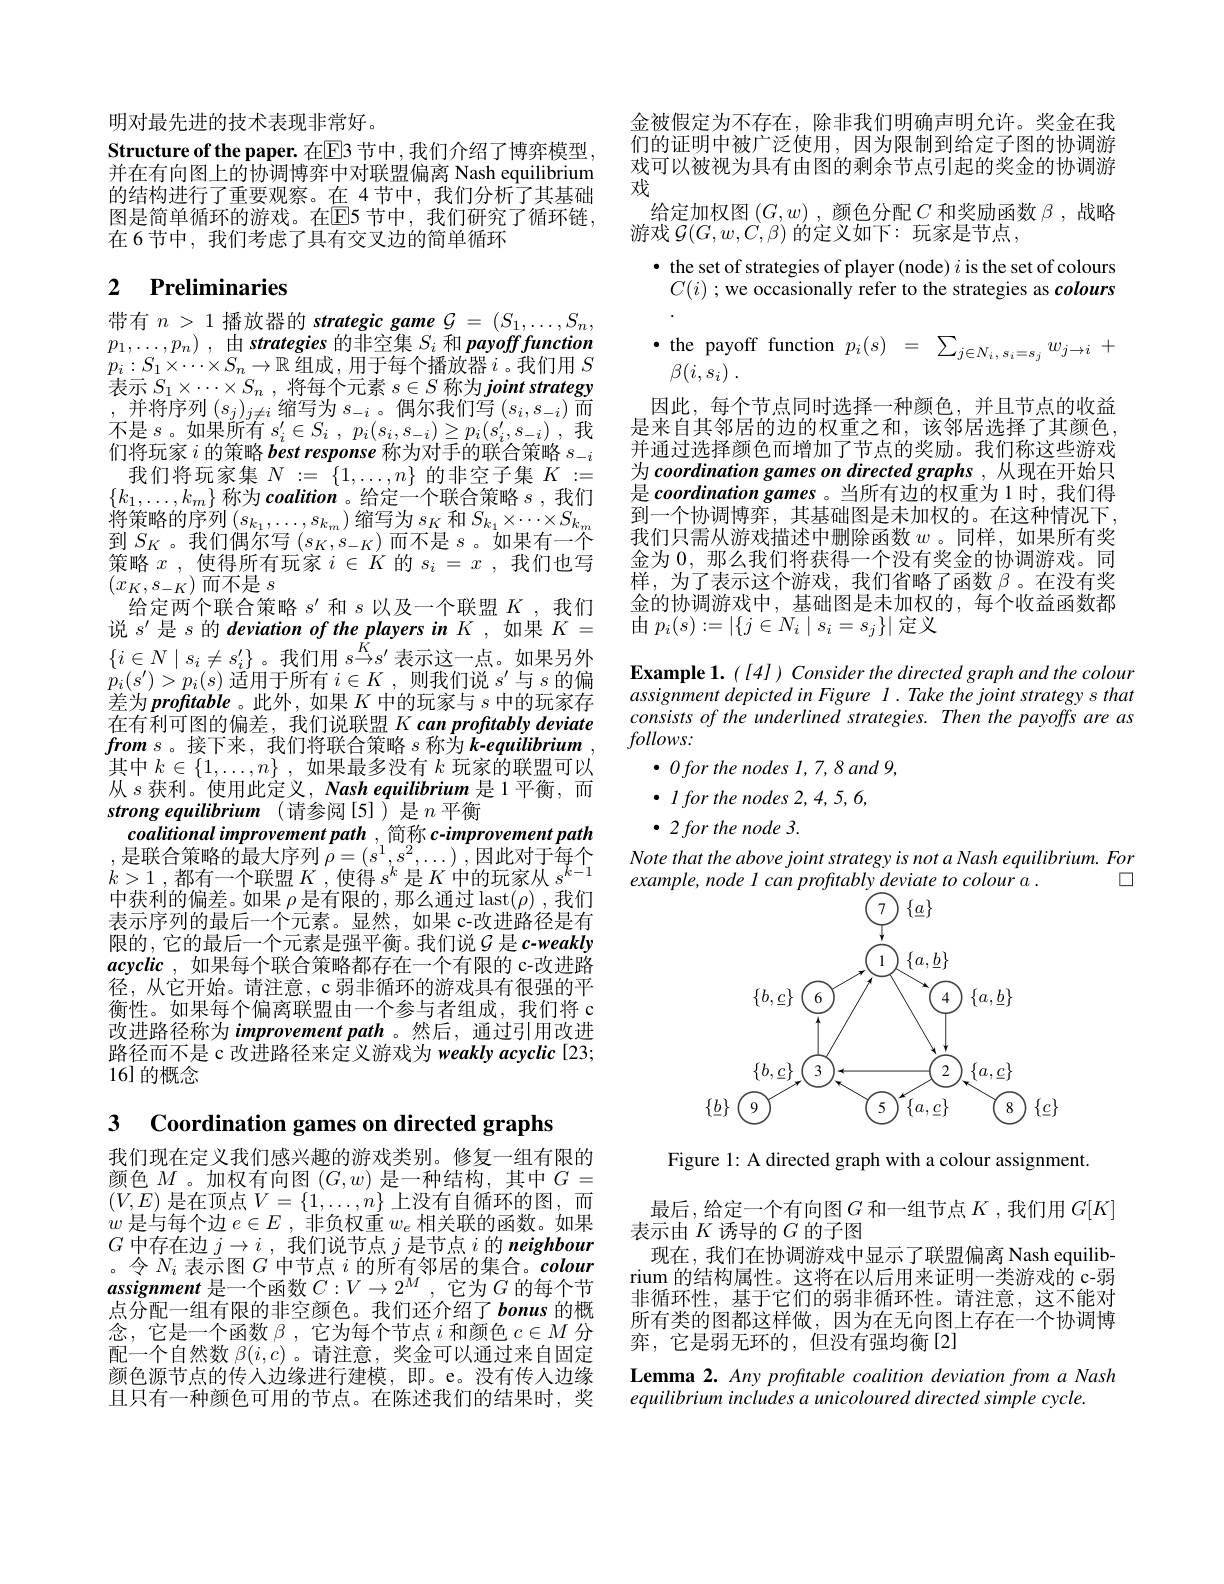
明对最先进的技术表现非常好。
Structure of the paper. 在$\mathbb{E}$3 节中，我们介绍了博弈模型， 并在有向图上的协调博弈中对联盟偏离 Nash equilibrium 的结构进行了重要观察。在 4节中，我们分析了其基础图是简单循环的游戏。在$\mathbb{E}$5 节中，我们研究了循环链， 在 6 节中，我们考虑了具有交叉边的简单循环

# 2 $\textbf{Preliminaries}$

带有$n>1$播放器的 strategic game $G=(S_1,\ldots,S_n$, $p_1, \ldots , p_n)$ , 由 strategies 的非空集 $S_i$ 和 payoff function $p_{i}:S_{1}\times\cdots\times\overline{S}_{n}\to\mathbb{R}$组成，用于每个播放器$i$。我们用 $S$ 表示$S_1\times\cdots\times S_n$ ,将每个元素$s\in S$称为 joint strategy ,并将序列$(s_j)_j\neq i$缩写为$s_-i$。偶尔我们写$(s_i,s_-i)$而不是$s$。如果所有$s_i^\prime \in S_i$ , $p_i( s_i, s_{- i}) \geq p_i( s_i^{\prime }, s_{- i})$ ,我们将玩家$i$的策略 best response 称为对手的联合策略$s_-i$ 我们将玩家集$N:=\{1,\ldots,n\}$的非空子集$K:=$
$\{k_1,\ldots,k_m\}$称为 coalition。给定一个联合策略$s$,我们将策略的序列$\left(s_{k_1},\ldots,s_{k_m}\right)$缩写为$s_K$和$S_k_1\times\cdots\times S_{k_m}$ 到$S_K$。我们偶尔写$\left(s_K,s_{-K}\right)$而不是$s$。如果有一个策略$x$,使得所有玩家$i\in K$的$s_i=x$,我们也写$(x_{K},s_{-K})$而不是$s$
给定两个联合策略$s^\prime$和$s$以及一个联盟$K$,我们说$s^\prime$是$s$的 deviation of the players in K ,如果$K=$ $\{i\in N\mid s_i\neq s_i^{\prime}\}$。我们用$s\overset K{\operatorname*{\to}}s^{\prime}$表示这一点。如果另外$p_{i}(s^{\prime})>p_{i}(s)$适用于所有$i\in K$ ,则我们说$s^\prime$与$s$的偏差为 profitable 。此外 , 如果$K$中的玩家与$s$中的玩家存在有利可图的偏差，我们说联盟 K can proftably deviate froms。接下来，我们将联合策略$s$ 称为$k-equilibrium$, 其中$k\in \{ 1, \ldots , n\}$ ,如果最多没有$k$玩家的联盟可以从$s$ 获利。使用此定义，Nash equilibrium 是 1 平衡，而strong equilibrium (请参阅[5])是$n$平衡
coalitional improvement path , 简称 c-improvement path $\begin{array}{l},&\text{是联合策略的最大序列 }\bar{\rho}=(s^{1},s^{2},\ldots),\text{因此对于每个}\\k>1,&\text{都有一个联盟 }K,\text{使得 }s^{k}\text{是 }K\text{ 中的玩家从 }s^{k-1}\\\text{中共利的信关 }&\text{加甲。目在阳的},\text{那么活十}(s)\text{ 年6月}\\\end{array}$ 中获利的偏差。如果$\rho$是有限的，那么通过 last$(\rho)$ ,我们表示序列的最后一个元素。显然，如果 c-改进路径是有限的，它的最后一个元素是强平衡。我们说G 是 c-weakly acyclic , 如果每个联合策略都存在一个有限的 c-改进路径，从它开始。请注意，c 弱非循环的游戏具有很强的平衡性。如果每个偏离联盟由一个参与者组成，我们将 c 改进路径称为 improvement path 。然后，通过引用改进路径而不是 c 改进路径来定义游戏为 weakly acyclic[23; 16]的概念

3 Coordination games on directed graphs

我们现在定义我们感兴趣的游戏类别。修复一组有限的颜色$M$。加权有向图$(G,w)$是一种结构，其中$G=$ $(V,E)$是在顶点$V=\{1,\ldots,n\}$上没有自循环的图，而$w$是与每个边$e\in E$,非负权重$w_e$相关联的函数。如果$G$中存在边$j\to i$ ,我们说节点$j$是节点$i$的 neighbour 。令$N_i$表示图$G$中节点$i$的所有邻居的集合。colour assignment是一个函数$C:V\to2^M$ ,它为$G$的每个节点分配一组有限的非空颜色。我们还介绍了 bonus 的概念，它是一个函数$\beta$,它为每个节点$i$和颜色$c\in M$分配一个自然数$\beta(i,c)$ 。请注意，奖金可以通过来自固定颜色源节点的传入边缘进行建模，即。e。没有传人边缘且只有一种颜色可用的节点。在陈述我们的结果时，奖

金被假定为不存在，除非我们明确声明允许。奖金在我们的证明中被广泛使用，因为限制到给定子图的协调游戏可以被视为具有由图的剩余节点引起的奖金的协调游戏
给定加权图($G,w)$,颜色分配$C$ 和奖励函数 $\beta$,战略
游戏$\mathcal{G}(G,w,C,\beta)$的定义如下：玩家是节点，
· the set of strategies of player (node) $i$ is the set of colours $C(i)$ ; we occasionally refer to the strategies as colours
$\cdot$the payoff function $p_i(s)=\sum_{j\in N_i,s_i=s_j}w_{j\to i}+$
$\beta ( i, s_i)$ .
因此，每个节点同时选择一种颜色，并且节点的收益是来自其邻居的边的权重之和，该邻居选择了其颜色， 并通过选择颜色而增加了节点的奖励。我们称这些游戏为 coordination games on directed graphs , 从现在开始只是 coordination games 。当所有边的权重为 1 时，我们得$\bar{\text{到一个协调博弈，其基础图是未加权的。在这种情况下}}$, 我们只需从游戏描述中删除函数$w$ 。同样，如果所有奖金为 0, 那么我们将获得一个没有奖金的协调游戏。同样，为了表示这个游戏，我们省略了函数β。在没有奖金的协调游戏中，基础图是未加权的，每个收益函数都由$p_i(s):=|\{j\in N_i\mid s_i=s_j\}|$定义
Example 1. ([4] ) Consider the directed graph and the colour assignment depicted in Figure $l. Take\textit{the joint strategy s that}$ consists of the underlined strategies. Then the payoffs are as $follows:$
$\bullet Oforthenodes$ $1, 7, 8and$ 9,
$\bullet$ $l$ for the nodes 2,4,5,6,
$\bullet 2\textit{for the node 3. }$
Note that the above joint strategy is not a Nash equilibrium. For
$\square$
example, node I can profitably deviate to colour a .
<FigureHere>

Figure 1: A directed graph with a colour assignment.

最后，给定一个有向图$G$和一组节点$K$ ,我们用$G[K]$

表示由$K$诱导的$G$的子图
现在，我们在协调游戏中显示了联盟偏离 Nash equilibrium 的结构属性。这将在以后用来证明一类游戏的 c-弱非循环性，基于它们的弱非循环性。请注意，这不能对所有类的图都这样做，因为在无向图上存在一个协调博弈，它是弱无环的，但没有强均衡[2]

Lemma 2. Any profitable coalition deviation from a Nash
equilibrium includes a unicoloured directed simple cycle.